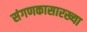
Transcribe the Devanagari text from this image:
संगणकासारख्या